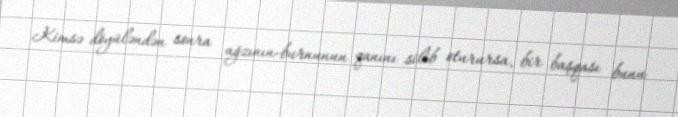
Kimsə döyüləndən sonra ağzının-burnunun qanını silib oturursa, bir başqası bunu